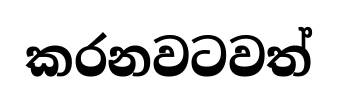
කරනවටවත්